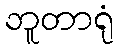
ဘူတာရုံ